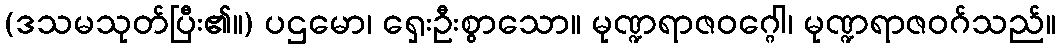
(ဒသမသုတ်ပြီး၏။) ပဌမော၊ ရှေးဦးစွာသော။ မုဏ္ဍရာဇဝဂ္ဂေါ၊ မုဏ္ဍရာဇဝဂ်သည်။